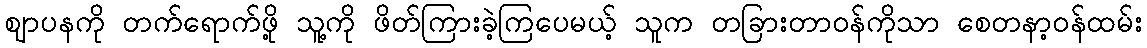
ဈာပနကို တက်ရောက်ဖို့ သူ့ကို ဖိတ်ကြားခဲ့ကြပေမယ့် သူက တခြားတာဝန်ကိုသာ စေတနာ့ဝန်ထမ်း